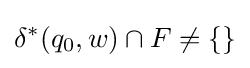
\delta ^{*}(q_{0},w)\cap F\neq \{\}